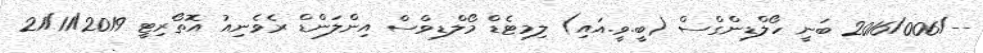
--/2016/006 ބަނީ ހޯލްޑިންގްސް (ބީ.ވީ.އައި) ލިމިޓެޑް މޯލްޑިވްސް އިންލަންޑް ރެވެނިއު އޮތޯރިޓީ 21/11/2019